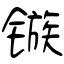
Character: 镞